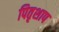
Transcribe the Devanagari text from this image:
पितृशाप